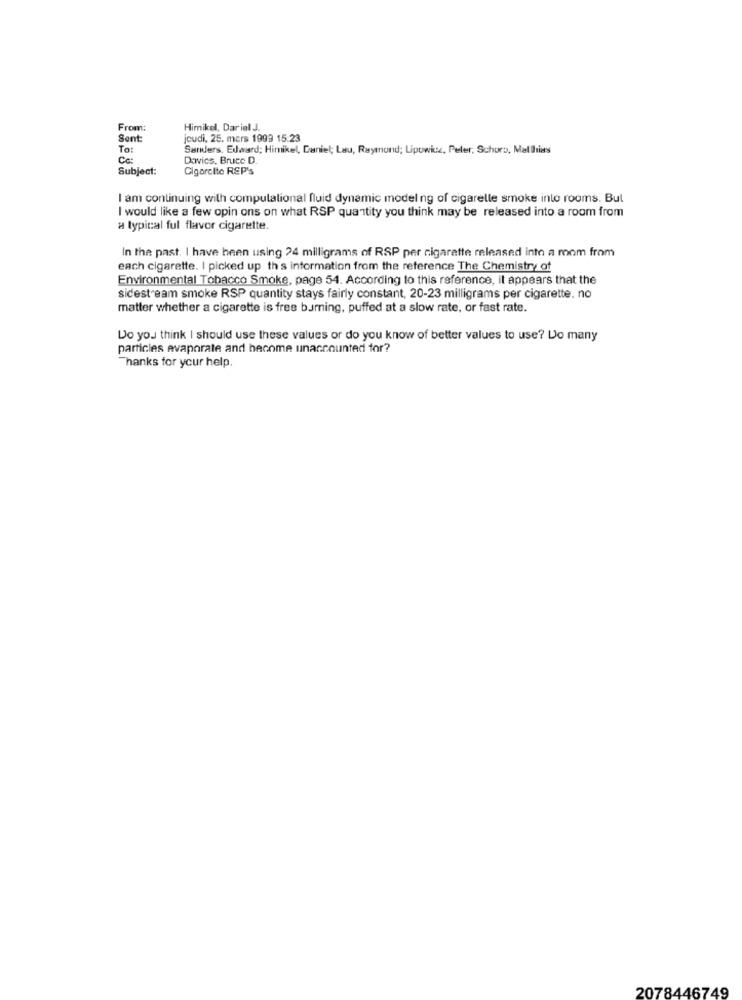
From:
Himikel, Dariel J.
Son
jeudi, 25. mars 1999 15:23
To:
Sanders, Edard; Himikel, Daniel; Lau, Raymond; Lipowicz, Peler, Schors, Mathias
Davies, Bruce D.
Subject:
Cigarclic REP's
I am continuing with computational fluid dynamic modeling of cigarelle smoke into rooms. But
I would like a few opin ons on what RSP quantity you think may be released into a room from
a typical ful flavor cigarette.
In the past. I have been using 24 milligrams of RSP per cigarette released into a mom from
each cigarette. I picked up th s information from the reference The Chemistry of
Environmental Tobacco Smoke, page 54. According to this reference, it appears that the
sidestream smoke RSP quantity stays fairly constant, 20-23 milligrams per cigarette. no
matter whether a cigarette is free burning, puffed at a slow rate, or fast rate.
Do you think I should use these values or do you know of better values to use? Do many
particles evaporate and become unaccounted for?
Thanks for your help.
2078446749